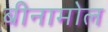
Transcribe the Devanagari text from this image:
बीनामोल